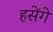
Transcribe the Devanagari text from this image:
हसेंगे